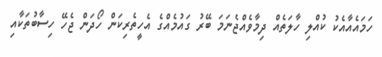
ހަމައެއާއެކު ކުއްލި ހާލަތެއް ދިމާވެއްޖެނަމަ ބޭރު ގައުމެއްގެ އެހީތެރިކަން ހޯދަން ޖެހޭ ހިސާބުތަކާއި